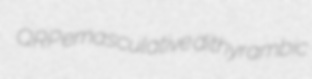
QRP emasculative dithyrambic